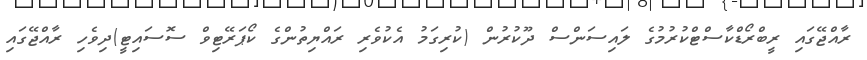
ރާއްޖޭގައި ރީބްރޯޑްކާސްޓްކުރުމުގެ ލައިސަންސް ދޫކުރުން (ކުރިގަމު އެކުވެރި ރައްޔިތުންގެ ކޯޕަރޭޓިވް ސޮސައިޓީ)ދިވެހި ރާއްޖޭގައި